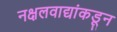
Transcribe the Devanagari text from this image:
नक्षलवाद्यांकडून